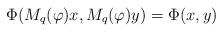
LaTeX: \begin{align*}\Phi( M_q(\varphi)x, M_q(\varphi)y ) = \Phi( x,y ) \end{align*}